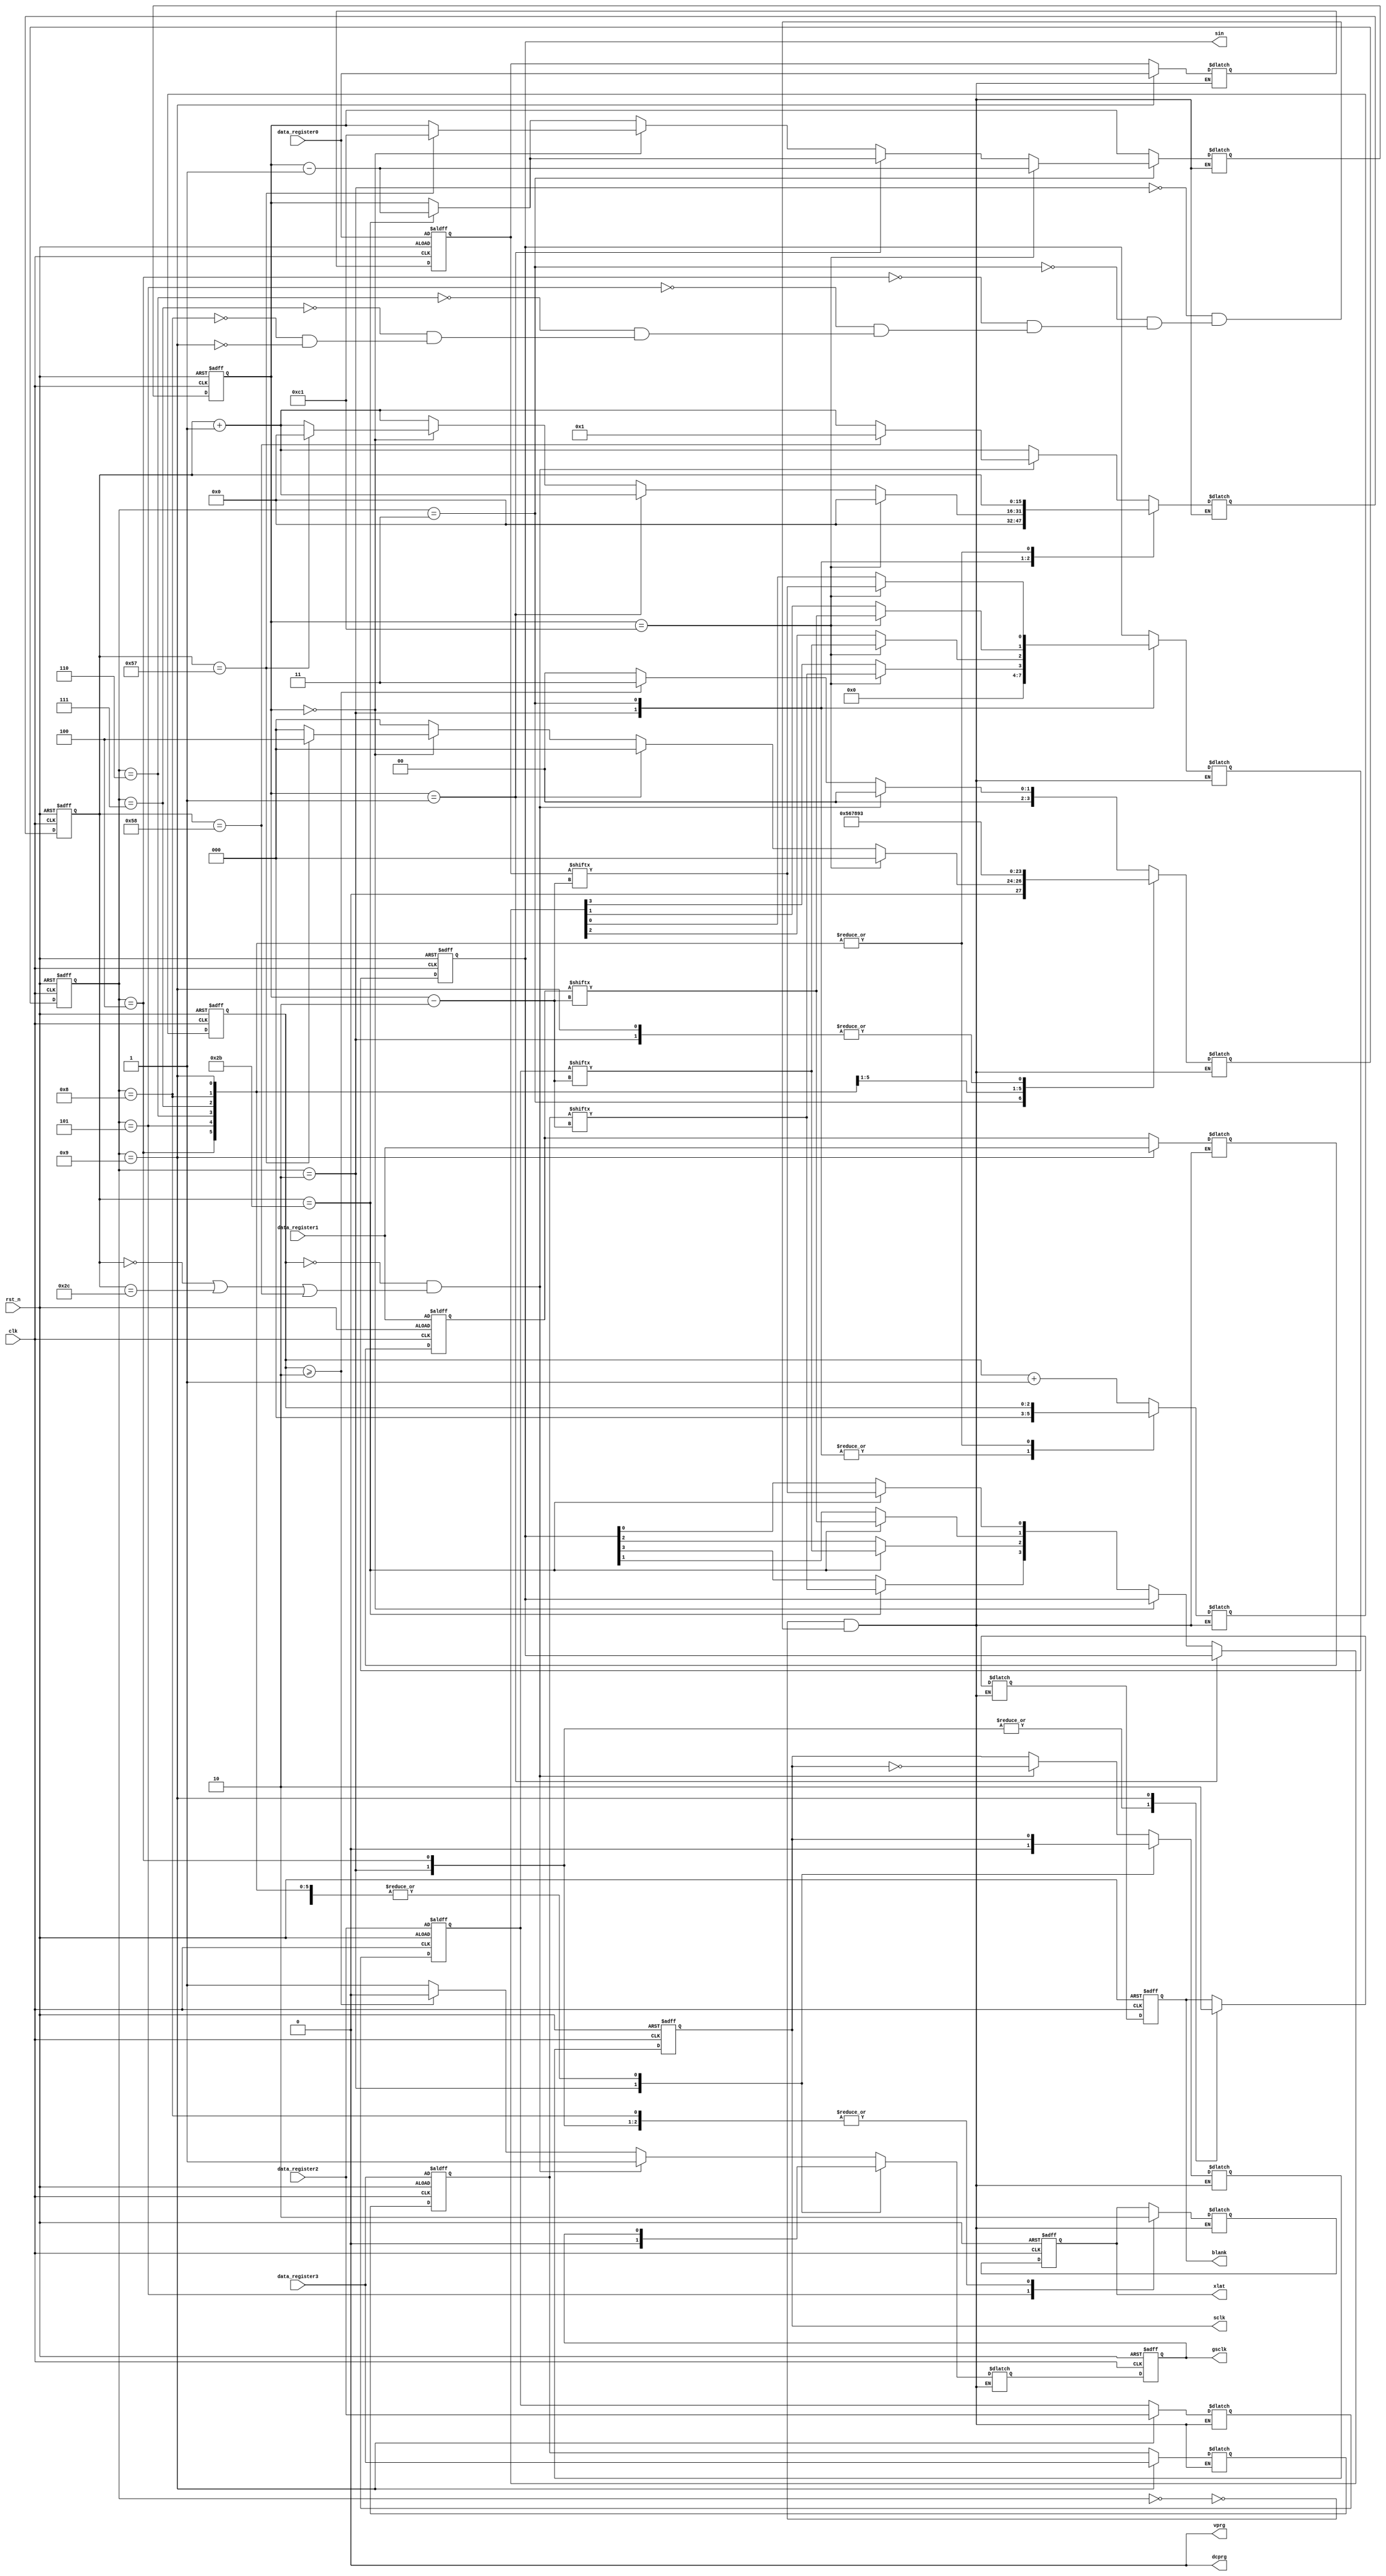
`timescale	1ns	/	1ps
//////////////////////////////////////////////////////////////////////////////////
//	Company: University of Wisconsin Madison - ECE 453 - Group 8
//	
//	Design	Name: TLC5940 Wrapper
//	Module	Name: tlc5940_wrap	
//	Project	Name: Beirut Table
//	Target	Devices:	
//	Tool	versions:	
//	Description:	
//
//	Dependencies:	
//
//	Revision:	
//	Revision	0.01	-	File	Created
//	Additional	Comments:	
//
//////////////////////////////////////////////////////////////////////////////////
module tlc5940_wrap(
	input clk,
	input rst_n,
	input [193:2] data_register0,
	input [193:2] data_register1,
	input [193:2] data_register2,
	input [193:2] data_register3,
	output reg [3:0] sin,				//	Serial	input	to	the	TLC5940
	output reg xlat,						//	Latch	trigger	(level	sensitive	-	active	high)
	output reg blank,						//	Output	enable	(active	low)/GS	count	reset	(active	high)
	output dcprg,							//	H	for	DC	Register,	L	for	EEPROM
	output vprg,							//	H	for	Dot	correction,	L	for	Grayscale
	output reg gsclk,						//	Grayscale	clock	(MAX	30	MHz)
	output reg sclk						//	System	clock	(MAX	30	MHz)
	);

	// State parameters
	parameter STATE_CLK_POS = 4'd0;		//	Positive	edge	of	the	produced	gsclk
	parameter STATE_RST     = 4'd2;		//	Reset	State	(Outputs	disabled)
	parameter STATE_SEND_GS = 4'd3;		//	Put	a	serial	bit	on	the	s_in	line
	parameter STATE_XLAT0   = 4'd4;		//	Set	blank	to	high
	parameter STATE_XLAT1   = 4'd5;		//	Set	XLAT	to	high	and	blank	high
	parameter STATE_XLAT2   = 4'd6;		//	Keep	XLAT	high	and	blank	high
	parameter STATE_XLAT3   = 4'd7;		//	Keep	XLAT	high	and	blank	high	again
	parameter STATE_XLAT4   = 4'd8;		//	Lower	XLAT	but	keep	BLANK	high
	parameter STATE_XLAT5   = 4'd9;		//	Lower	Blank
	
	// Counting parameters
	parameter GS_BITS       = 8'd192;	//	Total	of	192	Grayscale	bits	are	sent
	parameter BLANK_WAIT    = 12'hFFF;	//	4096	PWM	count	until	blank	must	go	high	to	clear	count
	parameter SCLK_PERIOD   = 7'd88;	//	88*10ns	=	880ns	sclk	clock	period	(~1.14	MHz)
	parameter GSCLK_PERIOD  = 3'd4;		//	4*10ns	=	40ns	gsclk	clock	period	(~25	MHz)

	// Next register for outputs
	reg [3:0] next_sin;
	reg next_xlat;
	reg next_blank;
	reg next_gsclk;
	reg next_sclk;

	// Constant signals
	assign dcprg = 1'b0;				// EEPROM not DC Register
	assign vprg = 1'b0;					// Grayscale not Dot Correction

	//	State	Registers
	reg	[3:0]	serial_state;			// State register for sending of serial data
	reg	[3:0]	next_serial_state;
	
	//	Count	Registers
	reg	[15:0]	sclk_count;				//	Counts	to	SCLK_PERIOD/2	for	falling	to	rising	edge,	or	vice	versa
	reg	[15:0]	next_sclk_count;
	reg	[2:0]	gsclk_count;			//	Counts	to	GSCLK_PERIOD/2
	reg	[2:0]	next_gsclk_count;
	reg	[7:0]	serial_data_count;
	reg	[7:0]	next_serial_data_count;
	
	reg [193:2] latched_data0;
	reg [193:2] latched_data1;
	reg [193:2] latched_data2;
	reg [193:2] latched_data3;
	reg [193:2] next_latched_data0;
	reg [193:2] next_latched_data1;
	reg [193:2] next_latched_data2;
	reg [193:2] next_latched_data3;
	
	always @(posedge clk, negedge rst_n) begin
		if (~rst_n)	begin
			// Outputs
			sin <= 4'b0;
			xlat <= 1'b0;
			blank <= 1'b1;				//	Disable	Outputs
			gsclk <= 1'b0;
			sclk <= 1'b0;

			// Others
			serial_state      <= STATE_RST;
			sclk_count        <= 0;
			gsclk_count       <= 0;
			serial_data_count <= GS_BITS + 1; // Start at most significant bit
			latched_data0     <= data_register0;
			latched_data1     <= data_register1;
			latched_data2     <= data_register2;
			latched_data3     <= data_register3;
		end
		else begin
			// Outputs
			sin <= next_sin;
			xlat <= next_xlat;
			blank <= next_blank;
			gsclk <= next_gsclk;
			sclk <= next_sclk;
			
			// Others
			serial_state <= next_serial_state;
			sclk_count <= next_sclk_count;
			gsclk_count <= next_gsclk_count;
			serial_data_count <= next_serial_data_count;
			latched_data0     <= next_latched_data0;
			latched_data1     <= next_latched_data1;
			latched_data2     <= next_latched_data2;
			latched_data3     <= next_latched_data3;
		end
	end
	
	always	@(*)	begin
		case	(serial_state)
			STATE_CLK_POS:	begin
				next_sin	=	sin;
				next_xlat	=	xlat;
				next_blank	=	blank;
				next_serial_data_count	=	serial_data_count;
				next_latched_data0 = latched_data0;
				next_latched_data1 = latched_data1;
				next_latched_data2 = latched_data2;
				next_latched_data3 = latched_data3;

				//	Make	decisions	about	the	sclk
				//	First	time	this	clock	pulse	is	starting	(currently	zero)
				if	(gsclk_count == 0 && (sclk_count == 0 || sclk_count == SCLK_PERIOD/2 || sclk_count == SCLK_PERIOD)) begin
					next_serial_state = STATE_CLK_POS;
					next_gsclk_count = gsclk_count + 1;
					next_gsclk = 1'b1;
					
					// Next edge of the sclk
					next_sclk = ~sclk;
					if (sclk_count == SCLK_PERIOD) begin
						// Reset count if we've reached the end
						next_sclk_count = 1;
					end
					else begin
						// Continue counting if we are half way through
						next_sclk_count = sclk_count + 1;
					end
					
				end
				else if (gsclk_count >= GSCLK_PERIOD/2) begin
					// Clock count is currently at 2 or 3 (should be 2)
					// STATE_SEND_GS should handle the count when it is 3
					// Done with posedge
					next_serial_state = STATE_SEND_GS;
					next_gsclk_count = gsclk_count + 1;
					next_gsclk = 1'b0;
					
					next_sclk = sclk;
					next_sclk_count = sclk_count + 1; // XXX: Is this +1 correct (added 4/1/11)
				end
				else begin
					next_serial_state = STATE_CLK_POS;
					next_gsclk_count = gsclk_count + 1;
					next_gsclk = 1'b1;
					
					// Second count of posedge
					next_sclk = sclk;
					next_sclk_count = sclk_count + 1;
				end
			end
			
			STATE_RST:	begin
				next_sin	=	1'b0;
				next_xlat	=	1'b0;
				next_blank	=	1'b1; // Start by not displaying outputs
				next_gsclk	=	1'b0;
				next_sclk	=	1'b0;
				next_latched_data0 = latched_data0;
				next_latched_data1 = latched_data1;
				next_latched_data2 = latched_data2;
				next_latched_data3 = latched_data3;
				
				next_serial_state	=	STATE_SEND_GS;
				next_sclk_count	=	0;
				next_gsclk_count = 0;
				next_serial_data_count	=	serial_data_count;
			end
			
			STATE_SEND_GS:	begin
				//next_sin	=	sin;
				next_xlat	=	xlat;
				next_blank	=	blank;
				next_gsclk	=	gsclk;
				next_sclk	=	sclk;
				next_latched_data0 = latched_data0;
				next_latched_data1 = latched_data1;
				next_latched_data2 = latched_data2;
				next_latched_data3 = latched_data3;
				next_gsclk_count = 0;
				
				// If data count == 0 (we haven't sent any new data yet)
				// Need to do most significant bit first
				if (serial_data_count == GS_BITS + 1) begin // Was 0
					// No data sent yet
					next_serial_state = STATE_CLK_POS;
					next_serial_data_count = serial_data_count - 1; // Correct?
					next_sclk_count = 0;
					next_sin[0] = latched_data0[serial_data_count];
					next_sin[1] = latched_data1[serial_data_count];
					next_sin[2] = latched_data2[serial_data_count];
					next_sin[3] = latched_data3[serial_data_count];
				end
				else if (serial_data_count == 1) begin
					// Tell TLC5940 to shift in data
					// We have sent the entire 192 bits of data
					if (sclk_count == (SCLK_PERIOD/2 - 1)) begin
						next_serial_state = STATE_CLK_POS;
						next_serial_data_count = serial_data_count - 1;
						next_sclk_count = sclk_count + 1;
						next_sin = sin;
					end
					else begin
						next_serial_state = STATE_CLK_POS;
						next_serial_data_count = serial_data_count;
						next_sclk_count = sclk_count + 1;
						next_sin = sin;
					end
				end
				else if (serial_data_count == 0) begin
					if (sclk_count == (SCLK_PERIOD - 1)) begin
						// Right before a normal posedge
						// But instead pulse the xlat signal
						next_serial_state = STATE_XLAT0;
						next_serial_data_count = GS_BITS + 1; // Start with MSB
						next_sclk_count = 0;
						next_sin = sin;
						//next_sclk = 1'b0;
					end
					else begin
						next_serial_state = STATE_CLK_POS;
						next_serial_data_count = serial_data_count;
						next_sclk_count = sclk_count + 1;
						next_sin = sin;
					end
				end
				else begin
					// In between data bits, but still counting GS clocks
					if (sclk_count == (SCLK_PERIOD/2 - 1)) begin // XXX: Does this have to be exact/precise? // Could be changed to S/2 + 5 or something
						// Put next data bit on the line
						next_serial_state = STATE_CLK_POS;
						next_serial_data_count = serial_data_count - 1;
						next_sclk_count = sclk_count + 1;
						next_sin[0] = latched_data0[serial_data_count];
						next_sin[1] = latched_data1[serial_data_count];
						next_sin[2] = latched_data2[serial_data_count];
						next_sin[3] = latched_data3[serial_data_count];
					end
					else begin
						next_serial_state = STATE_CLK_POS;
						next_serial_data_count = serial_data_count;
						next_sclk_count = sclk_count + 1;
						next_sin = sin;
					end
				end
			end
				
			STATE_XLAT0:	begin
				next_sin	=	sin;
				//next_xlat	=	xlat;
				//next_blank	=	blank;
				next_gsclk	=	gsclk;
				next_sclk	=	sclk;
				//next_serial_state	=	STATE_SEND_GS;
				next_sclk_count	=	sclk_count;
				next_serial_data_count	=	serial_data_count;
				next_gsclk_count	=	gsclk_count;
				next_latched_data0 = latched_data0;
				next_latched_data1 = latched_data1;
				next_latched_data2 = latched_data2;
				next_latched_data3 = latched_data3;
			
				next_blank	=	1'b1;
				next_xlat	=	1'b0;
				next_serial_state	=	STATE_XLAT1;
			end
			
			STATE_XLAT1:	begin
				next_sin	=	sin;
				//next_xlat	=	xlat;
				//next_blank	=	blank;
				next_gsclk	=	gsclk;
				next_sclk	=	sclk;
				//next_serial_state	=	STATE_SEND_GS;
				next_sclk_count	=	sclk_count;
				next_serial_data_count	=	serial_data_count;
				next_gsclk_count	=	gsclk_count;
				next_latched_data0 = latched_data0;
				next_latched_data1 = latched_data1;
				next_latched_data2 = latched_data2;
				next_latched_data3 = latched_data3;
			
				next_blank	=	blank;
				next_xlat	=	1'b1;
				next_serial_state	=	STATE_XLAT2;
			end
			
			STATE_XLAT2:	begin
				next_sin	=	sin;
				//next_xlat	=	xlat;
				//next_blank	=	blank;
				next_gsclk	=	gsclk;
				next_sclk	=	sclk;
				//next_serial_state	=	STATE_SEND_GS;
				next_sclk_count	=	sclk_count;
				next_serial_data_count	=	serial_data_count;
				next_gsclk_count	=	gsclk_count;
				next_latched_data0 = latched_data0;
				next_latched_data1 = latched_data1;
				next_latched_data2 = latched_data2;
				next_latched_data3 = latched_data3;
				
				next_blank	=	blank;
				next_xlat	=	xlat;
				next_serial_state	=	STATE_XLAT3;
			end
			
			STATE_XLAT3:	begin
				next_sin	=	sin;
				//next_xlat	=	xlat;
				//next_blank	=	blank;
				next_gsclk	=	gsclk;
				next_sclk	=	sclk;
				//next_serial_state	=	STATE_SEND_GS;
				next_sclk_count	=	sclk_count;
				next_serial_data_count	=	serial_data_count;
				next_gsclk_count	=	gsclk_count;
				next_latched_data0 = latched_data0;
				next_latched_data1 = latched_data1;
				next_latched_data2 = latched_data2;
				next_latched_data3 = latched_data3;
				
				next_blank	=	blank;
				next_xlat	=	xlat;
				next_serial_state	=	STATE_XLAT4;
			end
			
			STATE_XLAT4:	begin
				next_sin	=	sin;
				//next_xlat	=	xlat;
				//next_blank	=	blank;
				next_gsclk	=	gsclk;
				next_sclk	=	sclk;
				//next_serial_state	=	STATE_SEND_GS;
				next_sclk_count	=	sclk_count;
				next_serial_data_count	=	serial_data_count;
				next_gsclk_count	=	gsclk_count;
				next_latched_data0 = latched_data0;
				next_latched_data1 = latched_data1;
				next_latched_data2 = latched_data2;
				next_latched_data3 = latched_data3;
				
				next_blank	=	blank;
				next_xlat	=	1'b0;
				next_serial_state	=	STATE_XLAT5;
			end
			
			STATE_XLAT5:	begin
				next_sin	=	sin;
				//next_xlat	=	xlat;
				//next_blank	=	blank;
				next_gsclk	=	gsclk;
				next_sclk	=	sclk;
				//next_serial_state	=	STATE_SEND_GS;
				next_sclk_count	=	sclk_count;
				next_serial_data_count	=	serial_data_count;
				next_gsclk_count	=	gsclk_count;
				next_latched_data0 = data_register0;
				next_latched_data1 = data_register1;
				next_latched_data2 = data_register2;
				next_latched_data3 = data_register3;
				
				next_blank	=	1'b0;
				next_xlat	=	xlat;
				next_serial_state	=	STATE_SEND_GS;
			end
		endcase
	end

endmodule